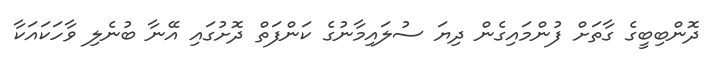
ދޮންބިބީގެ ގާތަށް ފުންމައިގެން ދިޔަ ސުލައިމާނުގެ ކަންފަތް ދޮށުގައި އޭނާ ބުނެލި ވާހަކައަކާ